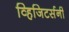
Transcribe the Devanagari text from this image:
व्हिजिटर्सनी